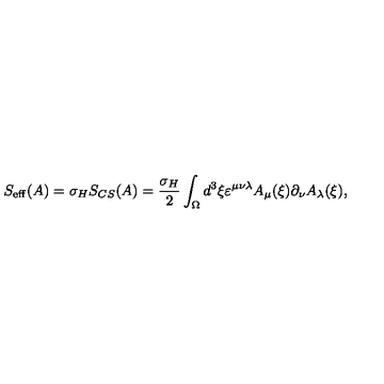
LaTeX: S _ { \mathrm { e f f } } ( A ) = \sigma _ { H } S _ { C S } ( A ) = \frac { \sigma _ { H } } { 2 } \int _ { \Omega } d ^ { 3 } \xi \varepsilon ^ { \mu \nu \lambda } A _ { \mu } ( \xi ) \partial _ { \nu } A _ { \lambda } ( \xi ) ,